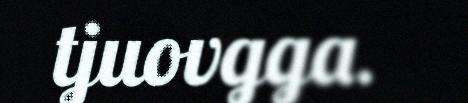
tjuovgga.